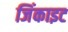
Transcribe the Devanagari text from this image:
जिंकाइट